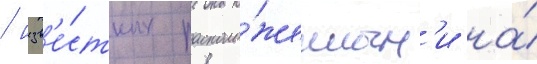
/ изв'е́стных располо́женным'и на́